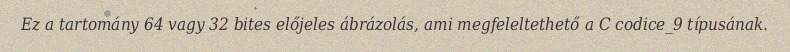
Ez a tartomány 64 vagy 32 bites előjeles ábrázolás, ami megfeleltethető a C codice_9 típusának.